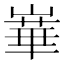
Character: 𪩓